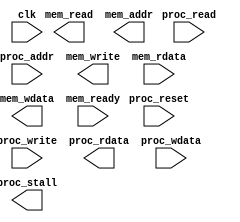
module cache(
    clk,
    proc_reset,
    proc_read,
    proc_write,
    proc_addr,
    proc_rdata,
    proc_wdata,
    proc_stall,
    mem_read,
    mem_write,
    mem_addr,
    mem_rdata,
    mem_wdata,
    mem_ready
);
    
//==== input/output definition ============================
    input          clk;
    // processor interface
    input          proc_reset;
    input          proc_read, proc_write;
    input   [29:0] proc_addr;
    input   [31:0] proc_wdata;
    output         proc_stall;
    output  [31:0] proc_rdata;
    // memory interface
    input  [127:0] mem_rdata;
    input          mem_ready;
    output         mem_read, mem_write;
    output  [27:0] mem_addr;
    output [127:0] mem_wdata;
    
//==== wire/reg definition ================================
    
//==== combinational circuit ==============================

//==== sequential circuit =================================
always@( posedge clk or posedge proc_reset ) begin
    if( proc_reset ) begin
    
    end
    else begin
    
    end
end

endmodule